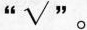
”√”